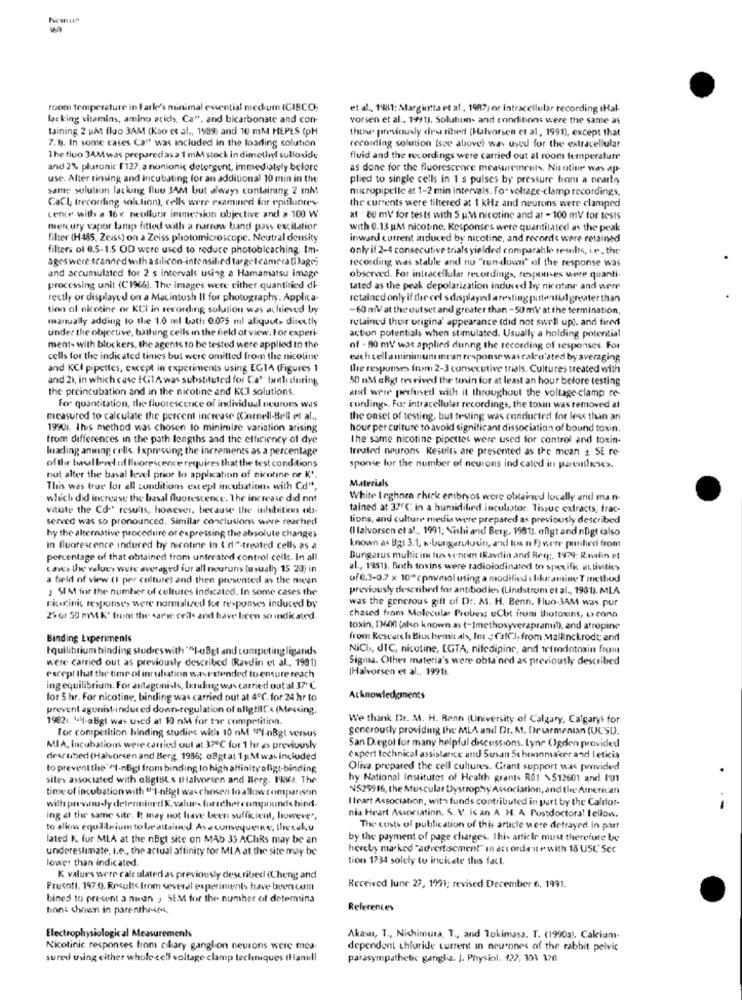
room temperature in Fark's minimal evential med um (CIRCO;
et al ., 1981; Margiotta et al ., 1987; or Intracellular recording (Hal-
lacking vitamins, amino acids, Ca", and bicarbonate and con-
vorsen et al ., 1991), Solutions and conditions were the same as
taining 2 uM fluo 3AM (Kao et al ., 1989; and 10 mM HEPES (pH
thune previously deu tiled (Halvorsen et al ., 1991), except that
7.11. In some cases Ca" was included in the loading solution
recording solution (see above) was used for the extracellular
1 he fluo 3AMwas prepared as a 1 mM stock in dimethyl sulloxide
fluid and the recordings were carried out at room temperature
and 2% pluronic [127, a nonionic detergent, immediately before
as done for the fluorescence measurements. Nicotine was ap-
use. Alter rinsing and incubating for an additional 10 min in the
plied to single cells in 1 s pulses by pressure from a neartry
same solution lacking fluo JAM but always containing 2 mM
micropipette at 1-2 min intervals. Fo. voltage-clamp recordings.
CaCl, trecording solution), celk were examined for epifluores
the cursents were filtered at 1 KHz and neurons were clamped
centr with a 16x neofluor immersion objective and > 100 W
at . OU ml/ for tests with 5 uM nicotine and at - 100 mV for tests
mercury vapor lamp fitted with a narrow band pass excitation
with 0.13 uM nicotine. Responses were quantitated as the peak
filter (H485, Zeiss) on a Zeiss photomicroscope. Neutral density
inward current induced by nicotine, and records were retained
filters of 0.5-1.5 OD were used to reduce photoblcaching. Im-
only if 2-4 consecutive trials yielded comparable rewilks, i.e. the
ages were scanned with a silicon-intensified target camera (age)
recording was stable and no "run-down" of the response was
and accumulated for 2 s intervals using a Hamamatsu image
observed. For intracellular recordings, respon-es were quanti-
processing unit (C1946). The images were either quantiried di-
tated as the peak depolarization induced by nicotinr and were
rectly or displayed on a Macintosh II for photography. Applica-
retained only if the cel sdisplayed aresting potential greater than
tion al nicotine or KCI in serording solution was achieved by
-60 miV at the outset and greater than -50 mV at the termination,
manually adding to the 1.0 ml bath 0.075 mil aliquot> directly
retained their origina' appearance (did not swell up). and firev
under the objective, bathing cells in the field of view. For experi-
action potentials when stimulated. Usually a holding potential
ment- with blockers, the agents to be tested were applied to the
of - 80 mV was applied dunng the recording of responses. For
cells for the indicated times bul were omitted from the nicoline
each cellaminimum mran response wascalculated by averaging
and KCI pipettes, except in experiments using EGIA (Figures 1
the responses from 2-3 consecutive trials. Cultures treated with
and 21, in which case (GTA was substituted for Ca' botle during
50 mM aRgt received the tonin for at least an hour before testing
the preincubation and in the nicotine and KCl solutions.
and were perfused with it throughout the voltage-clamp re-
For quantitation, the fluorescence of individual neurom was
cording>. For intracellular recordings, the toxin was removed at
measured to calculate the percent increase (Cornell-Bell et al .,
the onset of testing, but testing was conducted for less than an
19901. This method was chosen to minimize variation arising
hour per culture to avoid significant dissociation of bound toxin.
from differences in the path lengths and the efficiency of dye
The same nicotine pipettes were used for control and toxin-
leading ansing cells. Expressing the increments as a percentage
treated neurons Results are presented as the mean + SE re
of the basallevel of fluorescence requires that the test conditions
sponse for the number of neurons ind cated in partitieses.
not alter the basal level prior to application of nicotine or K'.
Materials
This was true for all conditions extepl incubations with Cd",
which did increase the basal fluorescence. The increase did not
White Leghnen chick embryos were obtained locally and man-
vitiate the Co." results, however, because the inhibition ets-
tained at 37℃: in a humidified inculastor. Tissue extracts, frac-
served was so pronounced. Similar conclusions were reached
tions, and culture medis were prepared as previously described
(Halvorsen et al ., 1991; Nishi and Berg, 1981), eBgt and nDigt (also
by the alternative procedure of expressing the absolute changes
in fluorescence indured by nicotine in ('de-treated cells as a
known as Bgt 3.1, n-burgerutouin, and los n F) were putifirci from
percentage of that obtained from untreated control cells. In all
Bungarus multic ind lus vencim (Ravelin and Berg ;, 1979; Rawlin et
cowes the value> were averaged for all neurons (usually 15 20; in
al ., 1981). Both toxins were radioiodinated to sperifk activities
a field of view (1 per culture) and then presented as the mean
of0.3-0.7 x 10"cpmy/mol using a modified blur amine T method
J SIM for the number of cultures indicated. In some cases the
previously described for antibodies (Lindstrom et al ., 1901). MLA
was the generous gift of Dr. M. H. Benn. Fluo-3AM was pur
rico;inic responses were normalized koe responses induced by
25 or 50 mM K' from the same cells and have been so indicated.
chased from Molecular Probes; cCbt from Biotoxins, LI cona
toxin, 13600 (akın known as (-)methoxyverapramil), and atropine
Binding Experimenis
from Research Biushemit als, Int ; CafCI, from Mallinckrodt; and
Equilibrium binding studies with ""I-a8gl and competingligands
NiCI, dIC, nicotine, [GTA, nifedipinc, and tetrodotoxin frau
were carried out as previously described (Ravdin et al ., 1991)
Sigma. Olhes materia's were obtained as previously described
(Halvorsen et al ., 1991)
except that the time of inruledtion was ratended to ensure reach
ingequilibrium. For antagoniils, landing was carried out al 37 ℃
for 5 hr. For nicotine, binding was carried out at 4℃. for 24 hr to
Acknowledgments
prevent agunist-induced down-regulation of aligtBC.« (Messing,
19821. 1.4-eBgt was used at 10 nM for the competition.
We thank Ilr. M. H. Renn (University of Calgary, Caigaryl for
generously providing the MLA and Dr. At. Devemenian (UCSD.
for competition hinding studios with 10 nM "I-nBgt versus
MIA, Incubations were carried out at 37℃ for 1 hr as previously
San Diegol for many helpful discussions. Lyne Ogden provided
dearthed (Halvorsen and Berg, 1986 ;. oBgt at 1 M was included
expert technical assistance and Susan Schoonmaker and leticia
to prevent the "I-nBgl from binding In high affinity ofigt-binding
Oliva prepared the cell cultures. Grant support was provided
sites associated with a8gtBL s tHalvorsen and Berg. 19is. The
by National Institutes of Health grants R01 \512601 and PU1
timeof incubation with "I-nBigl was chosen to allow comparison
NS25916, the Muscular Dystrophy Association, and the American
wilh prewatsu ly determined K. valur- forscher comprendsbind-
Ilrart Association, with funds contributed in yurt by the Califor-
ing at the same site. It may not have been suffkient, however,
nia Heart Association. S. V. is an A H. A Postdoctoral Fellow.
to allow equiarium to be altsind. Asetonsequerke, thecelu
The costs of publication of this article were defrayed in part
lated K. for MLA at the nBgt site on MAb 35 AChRs may be an
by the payment of page charges. This article must therefore be
underestimate, i.e. the actual affinity for MIA at the site may be
hereby marked "advertisement" in ars orda'ut e with 18 USC Scc
lower than indicated.
tion 1734 solely to inckete this fact.
K values were calt ulateri as previously describedl (Cheng and
Prusoft, 197.9. Results from several experiments have been com
Received June 27, 1991; revised December 6, 1991.
bines to present a nisan , SEM for the number of determina
hon: shown in parentheses.
References
Electr
Measurements
Akasa, T ., Nichimura, T ., and Tokimasa. T. (1990a), Calcium-
Nicotinic responses from ciliary ganglion neurons were mea.
dependent chloride current in neurones of the rabbit pelvic
sured using either whole cell voltage clamp techniques IHanull
parasympathetic ganglia. J. Physiol. 422, 303 320